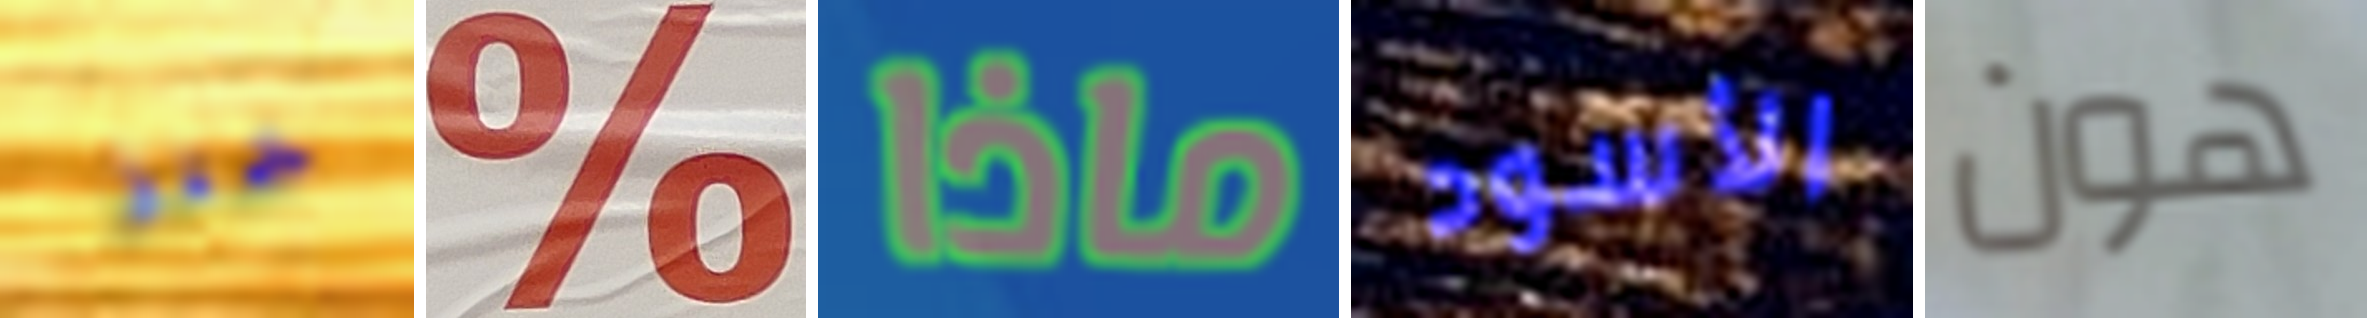
خبز % ماذا الأسود هون